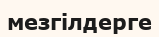
мезгілдерге